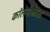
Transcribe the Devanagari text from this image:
कॉलनीजवळ